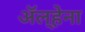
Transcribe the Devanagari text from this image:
अॅल्हेना